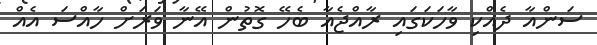
ސަންއާ ދެއްކި ވާހަކަގައި ރާއްޖެއާ ބެހޭ ގޮތުން އޭނާ ވަރަށް ހާއްސަ އެއް